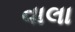
વાલા